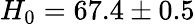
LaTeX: H_{0}=67.4\pm 0.5